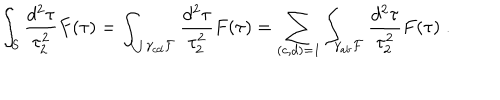
\int _ { S } \frac { d ^ { 2 } \tau } { \tau _ { 2 } ^ { 2 } } F ( \tau ) = \int _ { \bigcup \gamma _ { c d } { \cal F } } \frac { d ^ { 2 } \tau } { \tau _ { 2 } ^ { 2 } } F ( \tau ) = \sum _ { ( c , d ) = 1 } \int _ { \gamma _ { a b } { \cal F } } \frac { d ^ { 2 } \tau } { \tau _ { 2 } ^ { 2 } } F ( \tau ) \; .